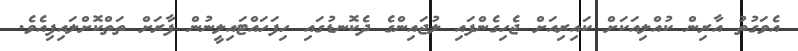
އެވަގުތު އާރިން ކުއްލިއަކަށް ކައިރިއަށް ޖެހިގެންފައި ލުޖައިންގެ ދެކޮނޑުގައި ހިފަހައްޓައިލީނުން ފާރަށް ތަތްކޮށްލައިފިއެވެ.